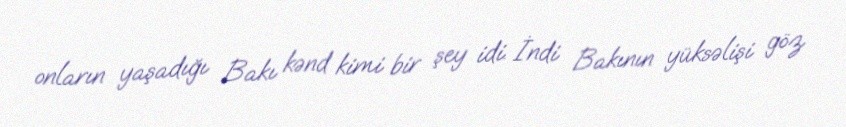
onların yaşadığı Bakı kənd kimi bir şey idi. İndi Bakının yüksəlişi göz